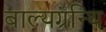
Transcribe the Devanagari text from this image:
बाल्यग्रन्थि